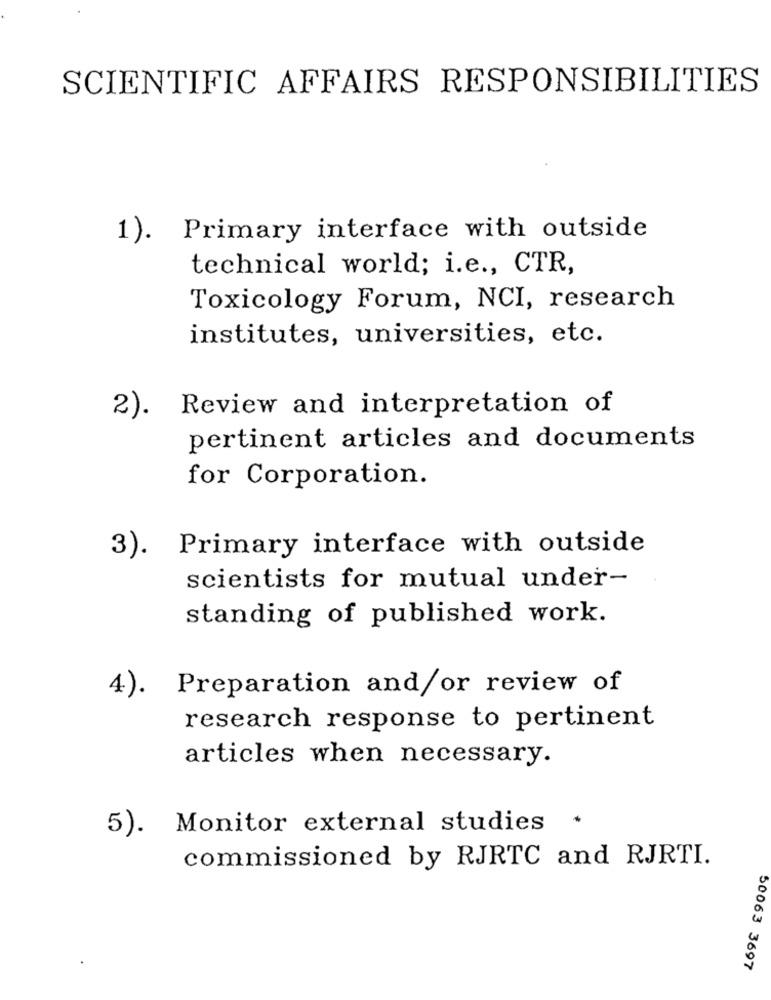
SCIENTIFIC AFFAIRS RESPONSIBILITIES
1).
Primary interface with outside
technical world; i.e ., CTR,
Toxicology Forum, NCI, research
institutes, universities, etc.
Review and interpretation of
2).
pertinent articles and documents
for Corporation.
3). Primary interface with outside
scientists for mutual under-
standing of published work.
4).
Preparation and/or review of
research response to pertinent
articles when necessary.
5). Monitor external studies
commissioned by RJRTC and RJRTI.
50063 3697